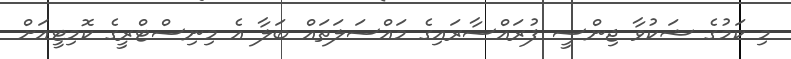
މި ކަމުގެ ޝަކުވާ ޖިންސީ ފުރައްސާރައިގެ މައްސަލަތައް ބަލާ އެ މިނިސްޓްރީގެ ކޮމިޓީއަށް